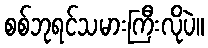
စစ်ဘုရင်သမားကြီးလိုပဲ။